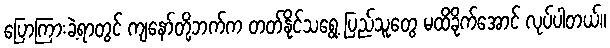
ပြောကြားခဲ့ရာတွင် ကျနော်တို့ဘက်က တတ်နိုင်သရွေ့ ပြည်သူတွေ မထိခိုက်အောင် လုပ်ပါတယ်။